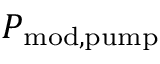
P _ { \mathrm { { m o d , p u m p } } }